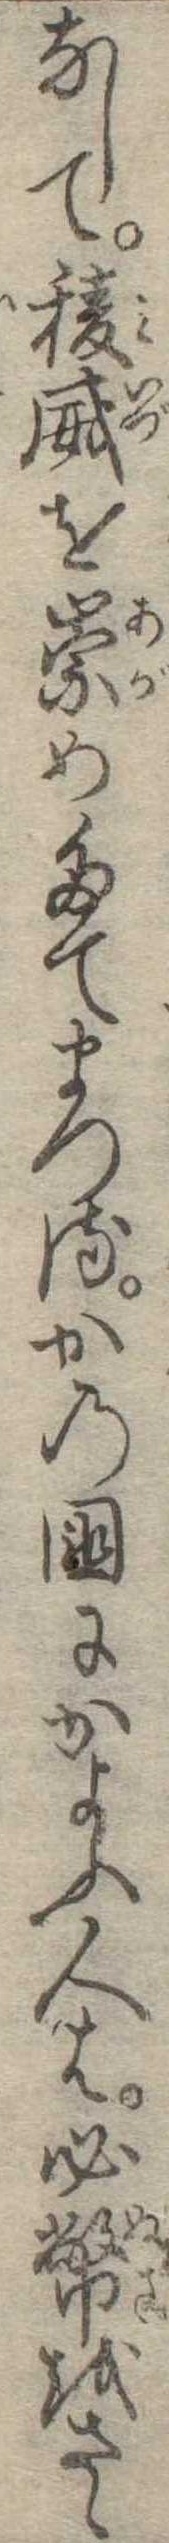
なして稜威を崇めたてまつるかの国にかよふ人は必幣をさゝ